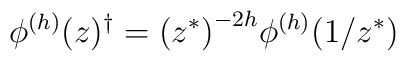
\phi^{(h)}(z)^\dagger= {(z^{*})}^{-2h} \phi^{(h)}(1/z^{*})